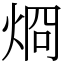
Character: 烱